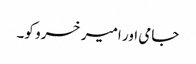
جامی اور امیر خسرو کو۔